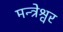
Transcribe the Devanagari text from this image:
मन्त्रेश्वर